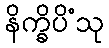
နိက္ခိပိံသု